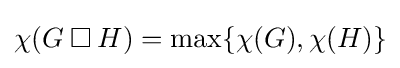
\chi (G\mathbin {\square } H)=\max\{\chi (G),\chi (H)\}